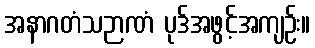
အနာဂတံသဉာဏံ ပုဒ်အဖွင့်အကျဉ်း။